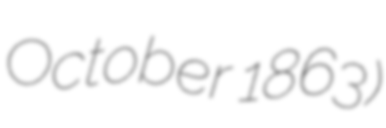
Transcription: October 1863)